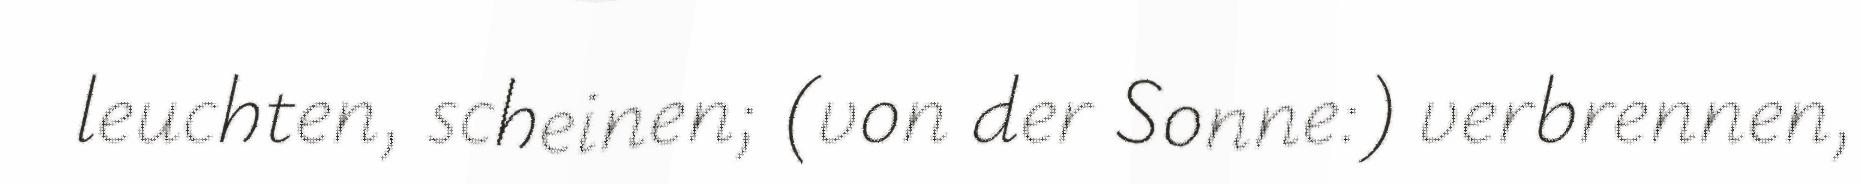
leuchten, scheinen; (von der Sonne:) verbrennen,